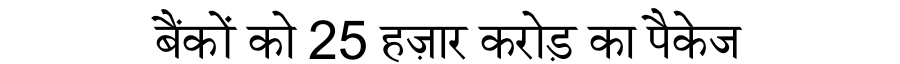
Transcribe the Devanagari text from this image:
बैंकों को 25 हज़ार करोड़ का पैकेज